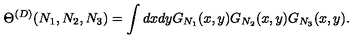
\Theta ^ { ( D ) } ( N _ { 1 } , N _ { 2 } , N _ { 3 } ) = \int d x d y G _ { N _ { 1 } } ( x , y ) G _ { N _ { 2 } } ( x , y ) G _ { N _ { 3 } } ( x , y ) .